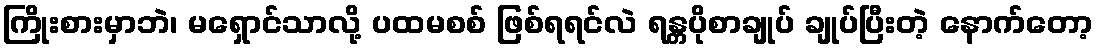
ကြိုးစားမှာဘဲ၊ မရှောင်သာလို့ ပထမစစ် ဖြစ်ရရင်လဲ ရန္တပိုစာချုပ် ချုပ်ပြီးတဲ့ နောက်တော့